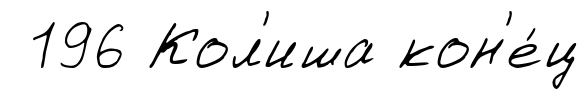
196 Кол'иша кон'е́ц